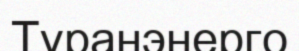
Тұранэнерго